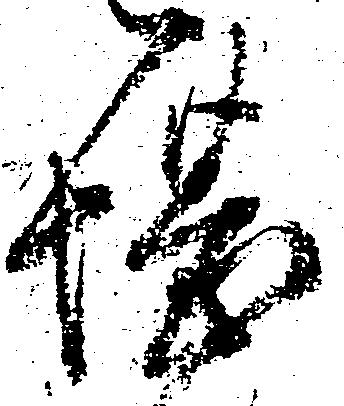
堪